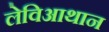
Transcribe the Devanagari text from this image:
लेविआथान